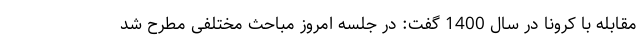
مقابله با کرونا در سال 1400 گفت: در جلسه امروز مباحث مختلفی مطرح شد